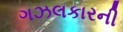
ગઝલકારની